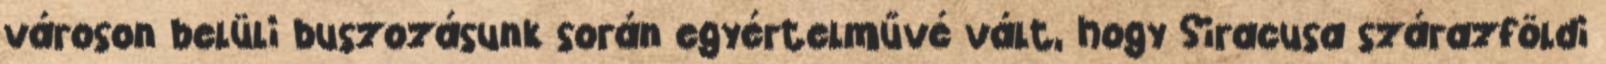
városon belüli buszozásunk során egyértelművé vált, hogy Siracusa szárazföldi